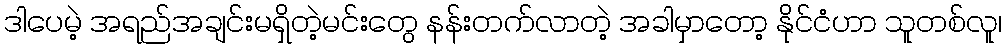
ဒါပေမဲ့ အရည်အချင်းမရှိတဲ့မင်းတွေ နန်းတက်လာတဲ့ အခါမှာတော့ နိုင်ငံဟာ သူတစ်လူ၊